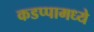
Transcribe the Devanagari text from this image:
कडप्पामध्ये